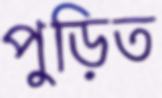
পুড়িত